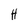
Character: H